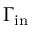
\Gamma _ { \mathrm { i n } }